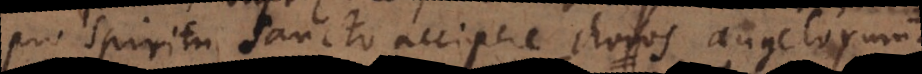
pro Spiritu Sancto accipere choros angelorum